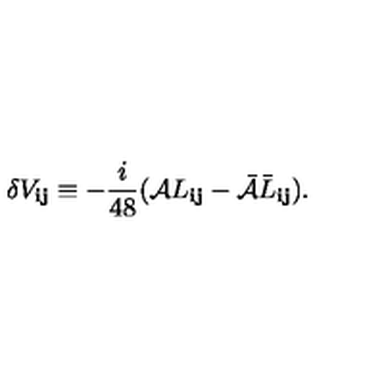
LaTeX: \delta V _ { { \mathbf i } { \mathbf j } } \equiv - \frac { i } { 4 8 } ( { \cal A } L _ { { \mathbf i } { \mathbf j } } - { \bar { \cal A } } \bar { L } _ { { \mathbf i } { \mathbf j } } ) .